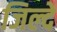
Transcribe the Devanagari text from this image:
जिल्दें